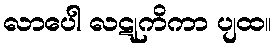
လာပေါ လဋုကိကာ ပျထ။